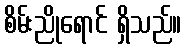
စိမ်းညိုရောင် ရှိသည်။